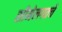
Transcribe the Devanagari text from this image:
सीमेलगतचे